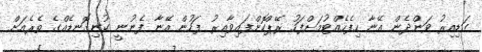
ގަޑިއިރު ވަންދެން އޭނާ ހިފެހެއްޓުމަށްފަހު ރޭޕްކޮށްފައިވާއިރު ފަހުން އޭނާ ފެނުނީ ކުނިގޮނޑެއްގެ ތެރެއަށް